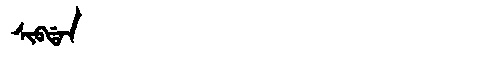
Manchu: ᠰᡳᠪᡩᠠᠨ
Romanization: SIBDAN